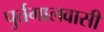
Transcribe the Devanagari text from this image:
पुर्तगालवासी